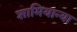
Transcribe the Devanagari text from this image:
शामियान्या